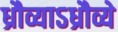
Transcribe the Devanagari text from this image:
ध्रौव्याऽध्रौव्ये